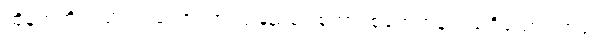
ထိုနတ်တို့သည်။ ဣတော၊ ဤလူပြည်မှ။ စုတာ၊ စုတေကုန်သည်ရှိသော်။ တတ္ထ၊